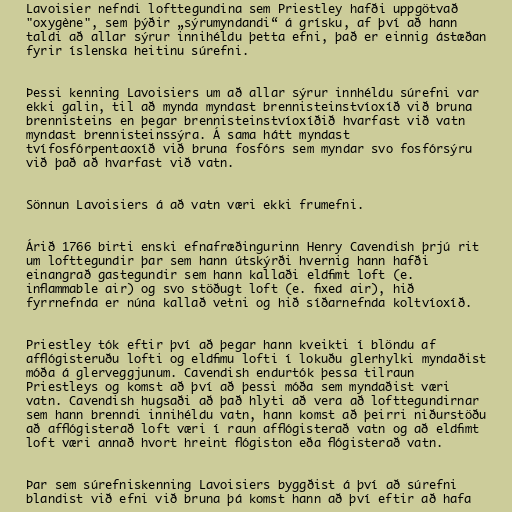
Lavoisier nefndi lofttegundina sem Priestley hafði uppgötvað
"oxygène", sem þýðir „sýrumyndandi“ á grísku, af því að hann
taldi að allar sýrur innihéldu þetta efni, það er einnig ástæðan
fyrir íslenska heitinu súrefni.

Þessi kenning Lavoisiers um að allar sýrur innhéldu súrefni var
ekki galin, til að mynda myndast brennisteinstvíoxíð við bruna
brennisteins en þegar brennisteinstvíoxíðið hvarfast við vatn
myndast brennisteinssýra. Á sama hátt myndast
tvífosfórpentaoxíð við bruna fosfórs sem myndar svo fosfórsýru
við það að hvarfast við vatn.

Sönnun Lavoisiers á að vatn væri ekki frumefni.

Árið 1766 birti enski efnafræðingurinn Henry Cavendish þrjú rit
um lofttegundir þar sem hann útskýrði hvernig hann hafði
einangrað gastegundir sem hann kallaði eldfimt loft (e.
inflammable air) og svo stöðugt loft (e. fixed air), hið
fyrrnefnda er núna kallað vetni og hið síðarnefnda koltvíoxíð.

Priestley tók eftir því að þegar hann kveikti í blöndu af
afflógisteruðu lofti og eldfimu lofti í lokuðu glerhylki myndaðist
móða á glerveggjunum. Cavendish endurtók þessa tilraun
Priestleys og komst að því að þessi móða sem myndaðist væri
vatn. Cavendish hugsaði að það hlyti að vera að lofttegundirnar
sem hann brenndi innihéldu vatn, hann komst að þeirri niðurstöðu
að afflógisterað loft væri í raun afflógisterað vatn og að eldfimt
loft væri annað hvort hreint flógiston eða flógisterað vatn.

Þar sem súrefniskenning Lavoisiers byggðist á því að súrefni
blandist við efni við bruna þá komst hann að því eftir að hafa